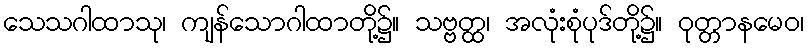
သေသဂါထာသု၊ ကျန်သောဂါထာတို့၌။ သဗ္ဗတ္ထ၊ အလုံးစုံပုဒ်တို့၌။ ဝုတ္တာနမေဝ၊